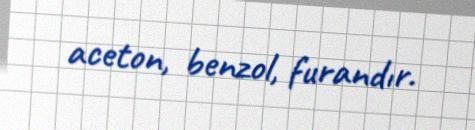
aceton, benzol, furandır.